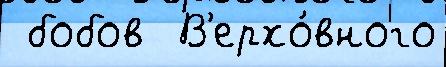
 бобов  В'ерхо́вного